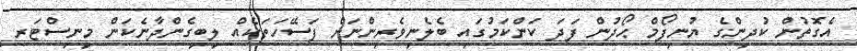
އެގޮތުން ކުދިންގެ ޔުނިފޯމް ޙޯދުން ފަދަ ކަންކަމުގައި ބެލެނިވެރިންނަށް ފަސޭހަތަކެއް ލިބިގެންދާނެކަން މިނިސްޓަރ